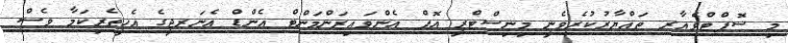
މި ސޮފްޓްވެއާރ ތައްޔާރުކުރެވެނީ މިނިސްޓްރީ އޮފް އެންވައިރަންމަންޓް އެންޑް އެނަރޖީގެ އެހީތެރިކަމާ ވެސް